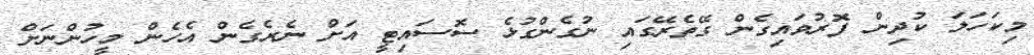
މިކަހަލަ ކުދިން ފޮރުވައިގެން ގޭތެރޭގައި ނުގެންގުޅެ ސޮސައިޓީ އަށް ނެރެގެން އެހެން މީހުންނަށް